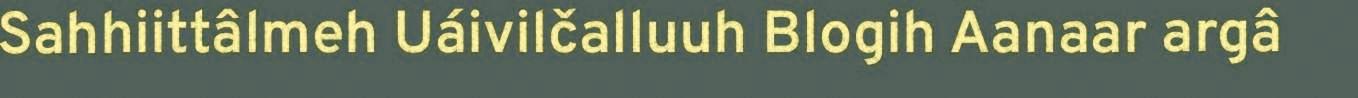
Sahhiittâlmeh Uáivilčalluuh Blogih Aanaar argâ